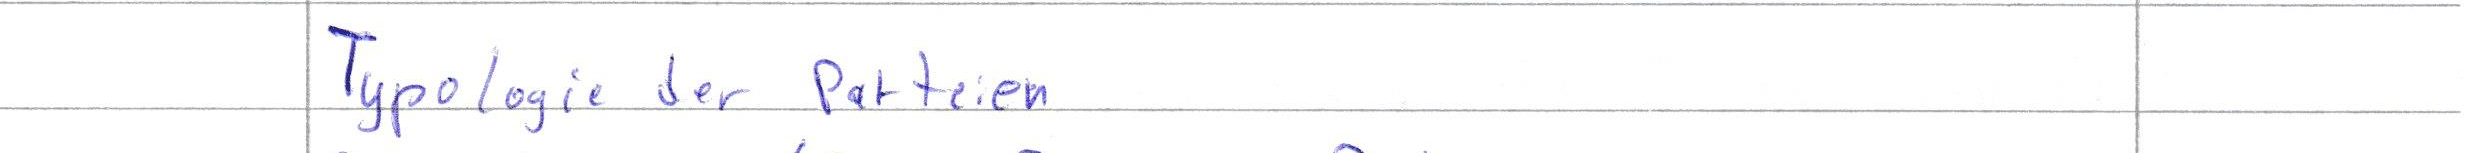
Typologie der Parteien